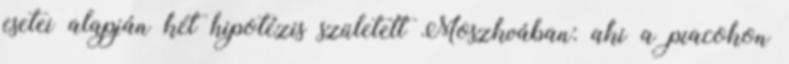
esetei alapján két hipotézis született Moszkvában: aki a piacokon